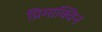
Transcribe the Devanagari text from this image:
प्रिमाक्विन